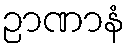
ဉာဏာနံ